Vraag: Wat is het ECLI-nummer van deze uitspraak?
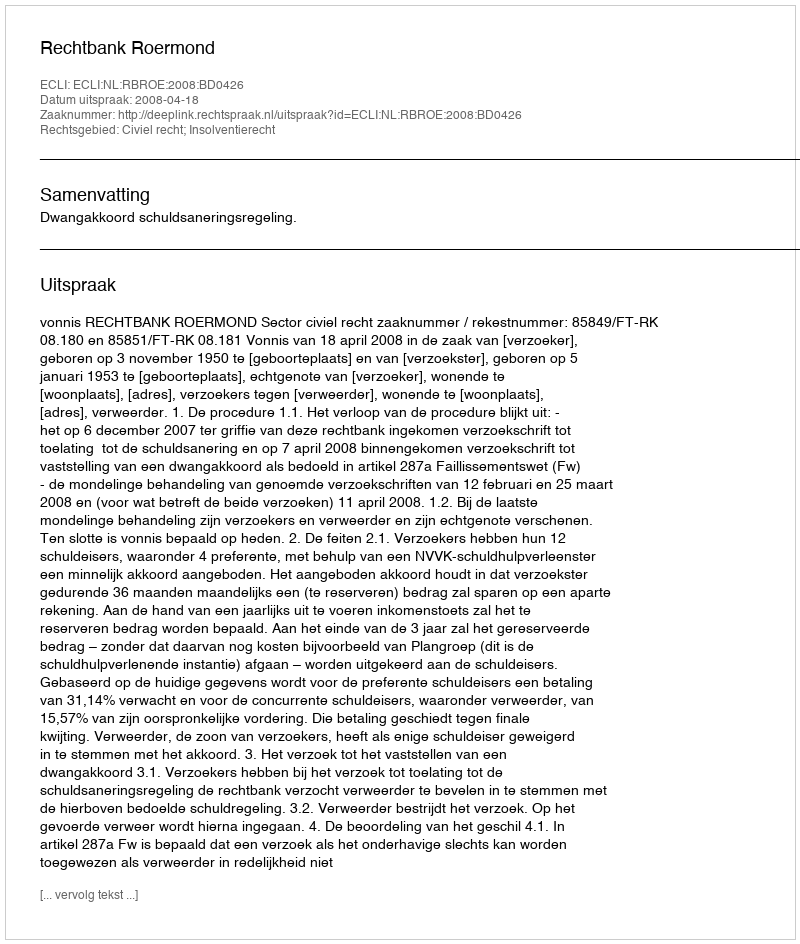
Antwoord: ECLI:NL:RBROE:2008:BD0426